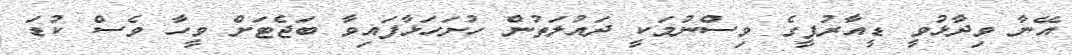
އޭނާ ވިދާޅުވީ ޑީއާރުޕީގެ ވިސްނުމަކީ ދައުލަތުން ހުށަހަޅާފައިވާ ބަޖެޓަށް ވީހާ ވެސް ކުޑަ